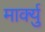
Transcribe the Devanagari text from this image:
मार्क्यु